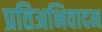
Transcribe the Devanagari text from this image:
प्रतिअभिवादन